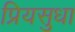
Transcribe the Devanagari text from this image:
प्रियसुधा